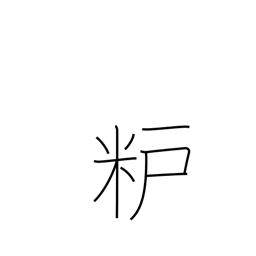
Meaning: rice-bran